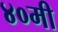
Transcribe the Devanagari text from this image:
४०मी